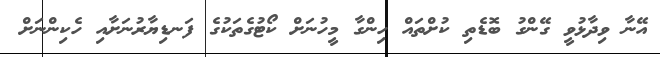
އޭނާ ވިދާޅުވީ ގޭންގު ބޮޑެތި ކުށްތައް ހިންގާ މީހުނަށް ކޯޓުގެތަކުގެ ފަނޑިޔާރުނަށާއި ހެކިންނަށް